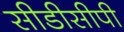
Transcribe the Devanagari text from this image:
सीडीसीपी